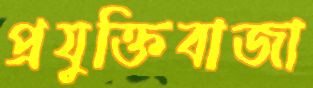
প্রযুক্তিবাজা